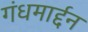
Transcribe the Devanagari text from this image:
गंधमार्द्दन